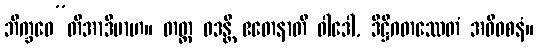
ဘိက္ခဝေ”တိအာဒိမာဟ။ တတ္ထ ဝဒန္တိ ဧတေနာတိ ဝါဒေါ, ဒိဋ္ဌိဂတဿေတံ အဓိဝစနံ။